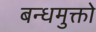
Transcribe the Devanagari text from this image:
बन्धमुक्तो